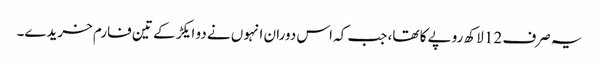
یہ صرف 12 لاکھ روپے کا تھا، جب کہ اس دوران انہوں نے دو ایکڑ کے تین فارم خریدے۔